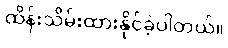
ထိန်းသိမ်းထားနိုင်ခဲ့ပါတယ်။